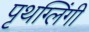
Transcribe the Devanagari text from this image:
पृथग्लिंगी